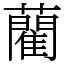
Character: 藺